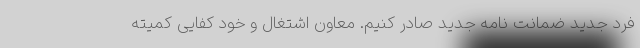
فرد جدید ضمانت نامه جدید صادر کنیم. معاون اشتغال و خود کفایی کمیته